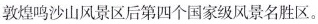
敦煌鸣沙山风景区后第四个国家级风景名胜区。